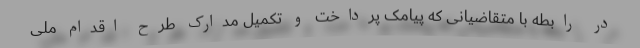
در رابطه با متقاضیانی که پیامک پرداخت و تکمیل مدارک طرح اقدام ملی